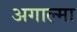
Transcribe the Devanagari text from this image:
अगाल्मा